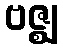
ဗဇ္ဈ